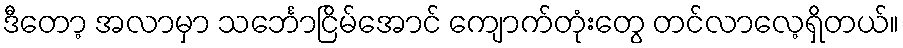
ဒီတော့ အလာမှာ သင်္ဘောငြိမ်အောင် ကျောက်တုံးတွေ တင်လာလေ့ရှိတယ်။